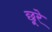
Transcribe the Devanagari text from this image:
छूरे